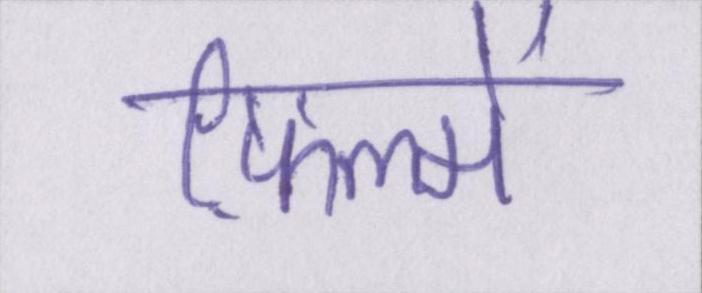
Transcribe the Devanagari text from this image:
फ़िल्में